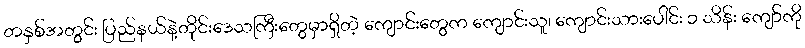
တနှစ်အတွင်း ပြည်နယ်နဲ့တိုင်းဒေသကြီးတွေမှာရှိတဲ့ ကျောင်းတွေက ကျောင်းသူ၊ ကျောင်းသားပေါင်း ၁ သိန်း ကျော်ကို